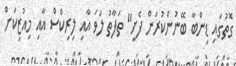
ގޮތުގައި ޑިންބާ ބޭނުންކުރަން ފެށީ" ތަފާތު ލަވަ އާއި ލިރިކްސް އާއި މިއުޒިކަށް